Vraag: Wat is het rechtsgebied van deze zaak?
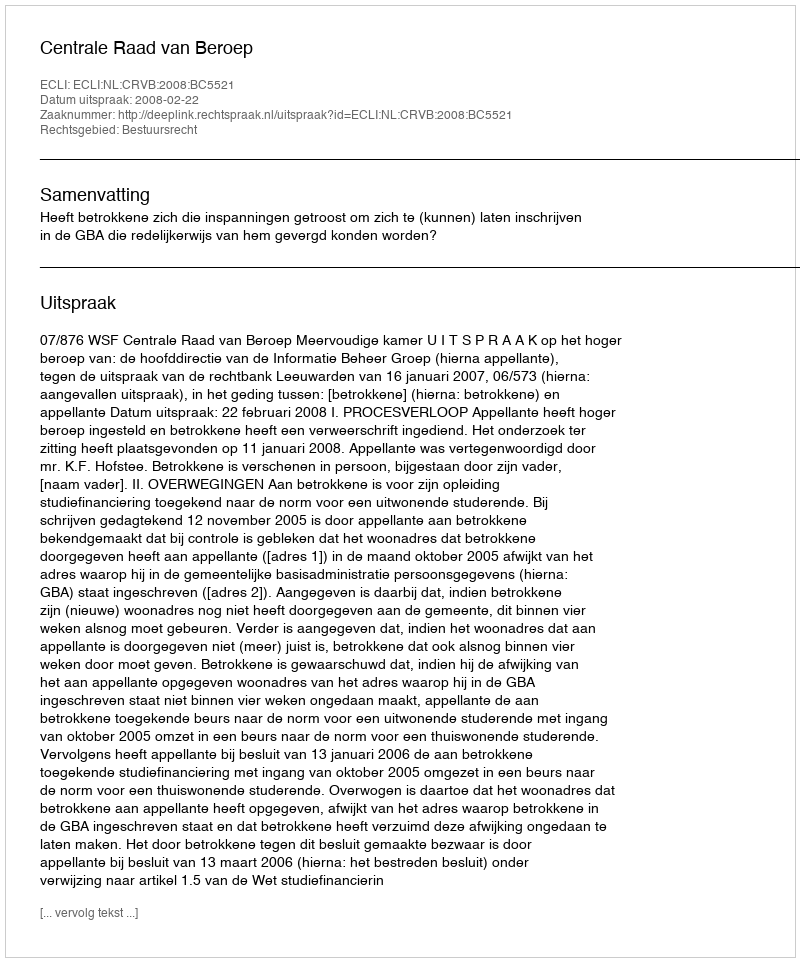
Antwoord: Bestuursrecht